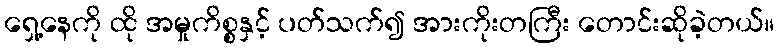
ရှေ့နေကို ထို အမှုကိစ္စနှင့် ပတ်သက်၍ အားကိုးတကြီး တောင်းဆိုခဲ့တယ်။